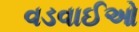
વડવાઈઓ